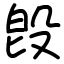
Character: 𣪘